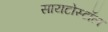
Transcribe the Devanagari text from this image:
सायटोस्टॉल